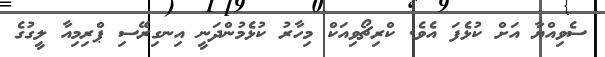
ސެވިއްޔާ އަށް ކުޅެފަ އެވެ. ކްރިޗޯވިއަކް މިހާރު ކުޅެމުންދަނީ އިނގިރޭސި ޕްރިމިއާ ލީގުގެ